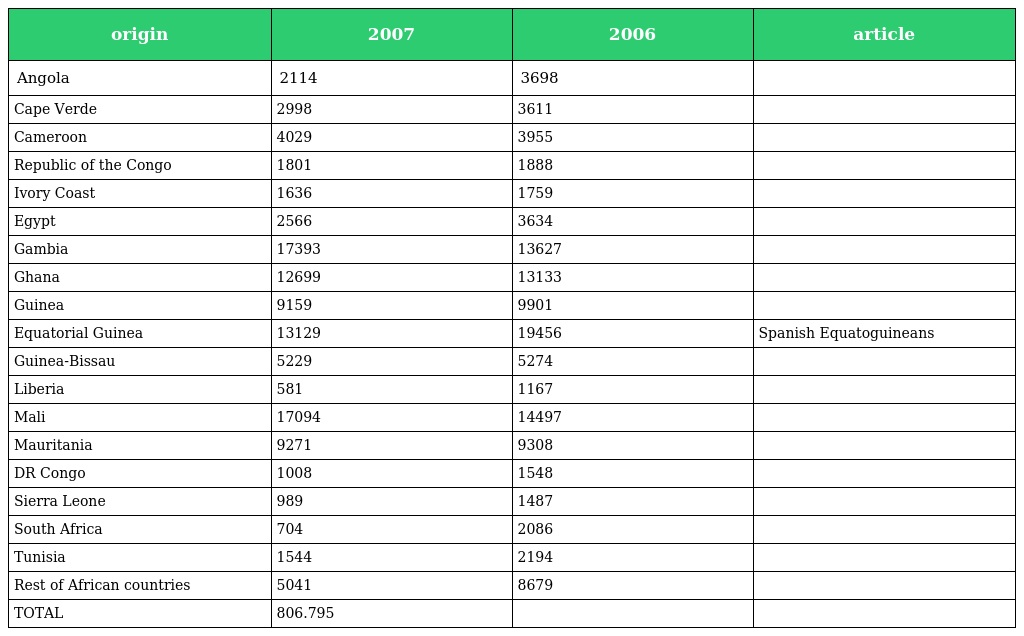
| origin | 2007 | 2006 | article |
 | --- | --- | --- | --- |
 | Angola | 2114 | 3698 |  |
 | Cape Verde | 2998 | 3611 |  |
 | Cameroon | 4029 | 3955 |  |
 | Republic of the Congo | 1801 | 1888 |  |
 | Ivory Coast | 1636 | 1759 |  |
 | Egypt | 2566 | 3634 |  |
 | Gambia | 17393 | 13627 |  |
 | Ghana | 12699 | 13133 |  |
 | Guinea | 9159 | 9901 |  |
 | Equatorial Guinea | 13129 | 19456 | Spanish Equatoguineans |
 | Guinea-Bissau | 5229 | 5274 |  |
 | Liberia | 581 | 1167 |  |
 | Mali | 17094 | 14497 |  |
 | Mauritania | 9271 | 9308 |  |
 | DR Congo | 1008 | 1548 |  |
 | Sierra Leone | 989 | 1487 |  |
 | South Africa | 704 | 2086 |  |
 | Tunisia | 1544 | 2194 |  |
 | Rest of African countries | 5041 | 8679 |  |
 | TOTAL | 806.795 |  |  |